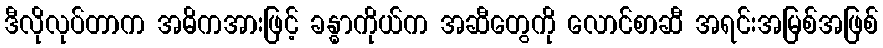
ဒီလိုလုပ်တာက အဓိကအားဖြင့် ခန္ဓာကိုယ်က အဆီတွေကို လောင်စာဆီ အရင်းအမြစ်အဖြစ်